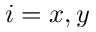
i = x , y